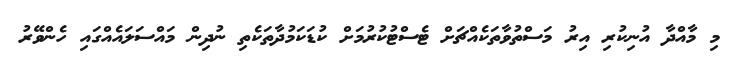
މި މާއްދާ އުނިކުރި އިރު މަސްތުވާތަކެއްޗަށް ޓެސްޓުކުރުމަށް ކުޑަކަމުދާތަކެތި ނުދިން މައްސަލައެއްގައި ހެންވޭރު